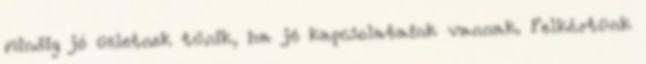
mindig jó üzletnek tűnik, ha jó kapcsolataink vannak. Felkértünk